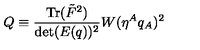
Q \equiv \frac { \mathrm { T r } ( { \tilde { F } } ^ { 2 } ) } { \mathrm { d e t } ( E ( q ) ) ^ { 2 } } W ( \eta ^ { A } q _ { A } ) ^ { 2 } \ \